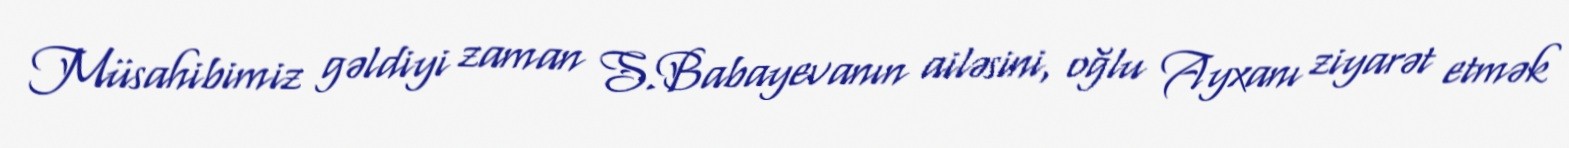
Müsahibimiz gəldiyi zaman S.Babayevanın ailəsini, oğlu Ayxanı ziyarət etmək